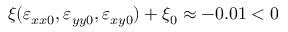
\xi ( \varepsilon _ { x x 0 } , \varepsilon _ { y y 0 } , \varepsilon _ { x y 0 } ) + \xi _ { 0 } \approx - 0 . 0 1 < 0